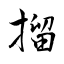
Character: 㨨